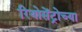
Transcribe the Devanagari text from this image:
रियोसेंट्रोच्या